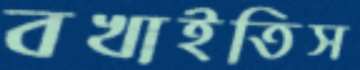
বখাইতিস